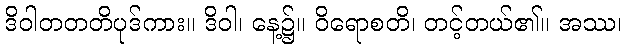
ဒိဝါတတတိပုဒ်ကား။ ဒိဝါ၊ နေ့၌။ ဝိရောစတိ၊ တင့်တယ်၏။ အဿ၊